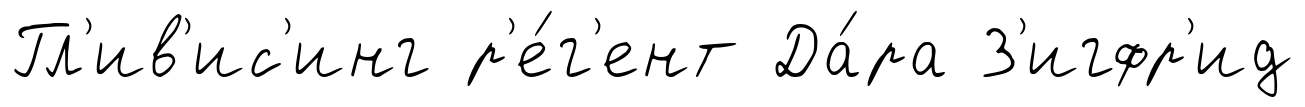
Гл'ив'ис'инг р'е́г'ент Да́ра З'игфр'ид